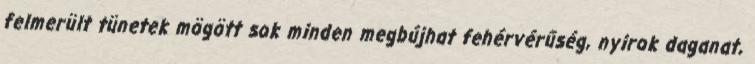
felmerült tünetek mögött sok minden megbújhat fehérvérűség, nyirok daganat,